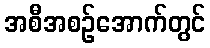
အစီအစဉ်အောက်တွင်